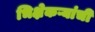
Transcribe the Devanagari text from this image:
भिक्षेकऱ्यांची